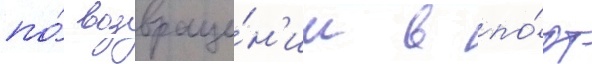
по́ возвраще́н'ии в по́рт